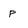
Character: P